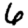
Digit: 6